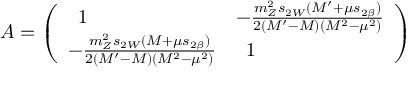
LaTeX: A = \left( \begin{array} { l l } { { \; \; 1 } } & { { - \frac { m _ { Z } ^ { 2 } s _ { 2 W } ( M ^ { \prime } + \mu s _ { 2 \beta } ) } { 2 ( M ^ { \prime } - M ) ( M ^ { 2 } - \mu ^ { 2 } ) } } } \\ { { - \frac { m _ { Z } ^ { 2 } s _ { 2 W } ( M + \mu s _ { 2 \beta } ) } { 2 ( M ^ { \prime } - M ) ( M ^ { 2 } - \mu ^ { 2 } ) } } } & { { \; \; 1 } } \end{array} \right)